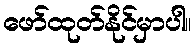
ဖော်ထုတ်နိုင်မှာပါ။